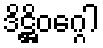
ဒိဋ္ဌိဝဂ္ဂေါ